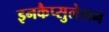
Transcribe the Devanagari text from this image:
इनकैप्सुलेशन